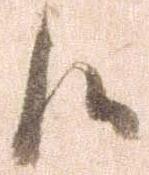
候